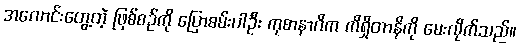
အလောင်းတွေ့တဲ့ ဖြစ်စဉ်ကို ပြောစမ်းပါဦး ကုစာနာဂိက ကိရှိတာနိကို မေးလိုက်သည်။